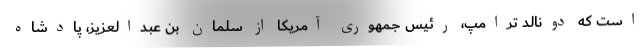
است که دونالد ترامپ، رئیس جمهوری آمریکا از سلمان بن عبدالعزیز، پادشاه